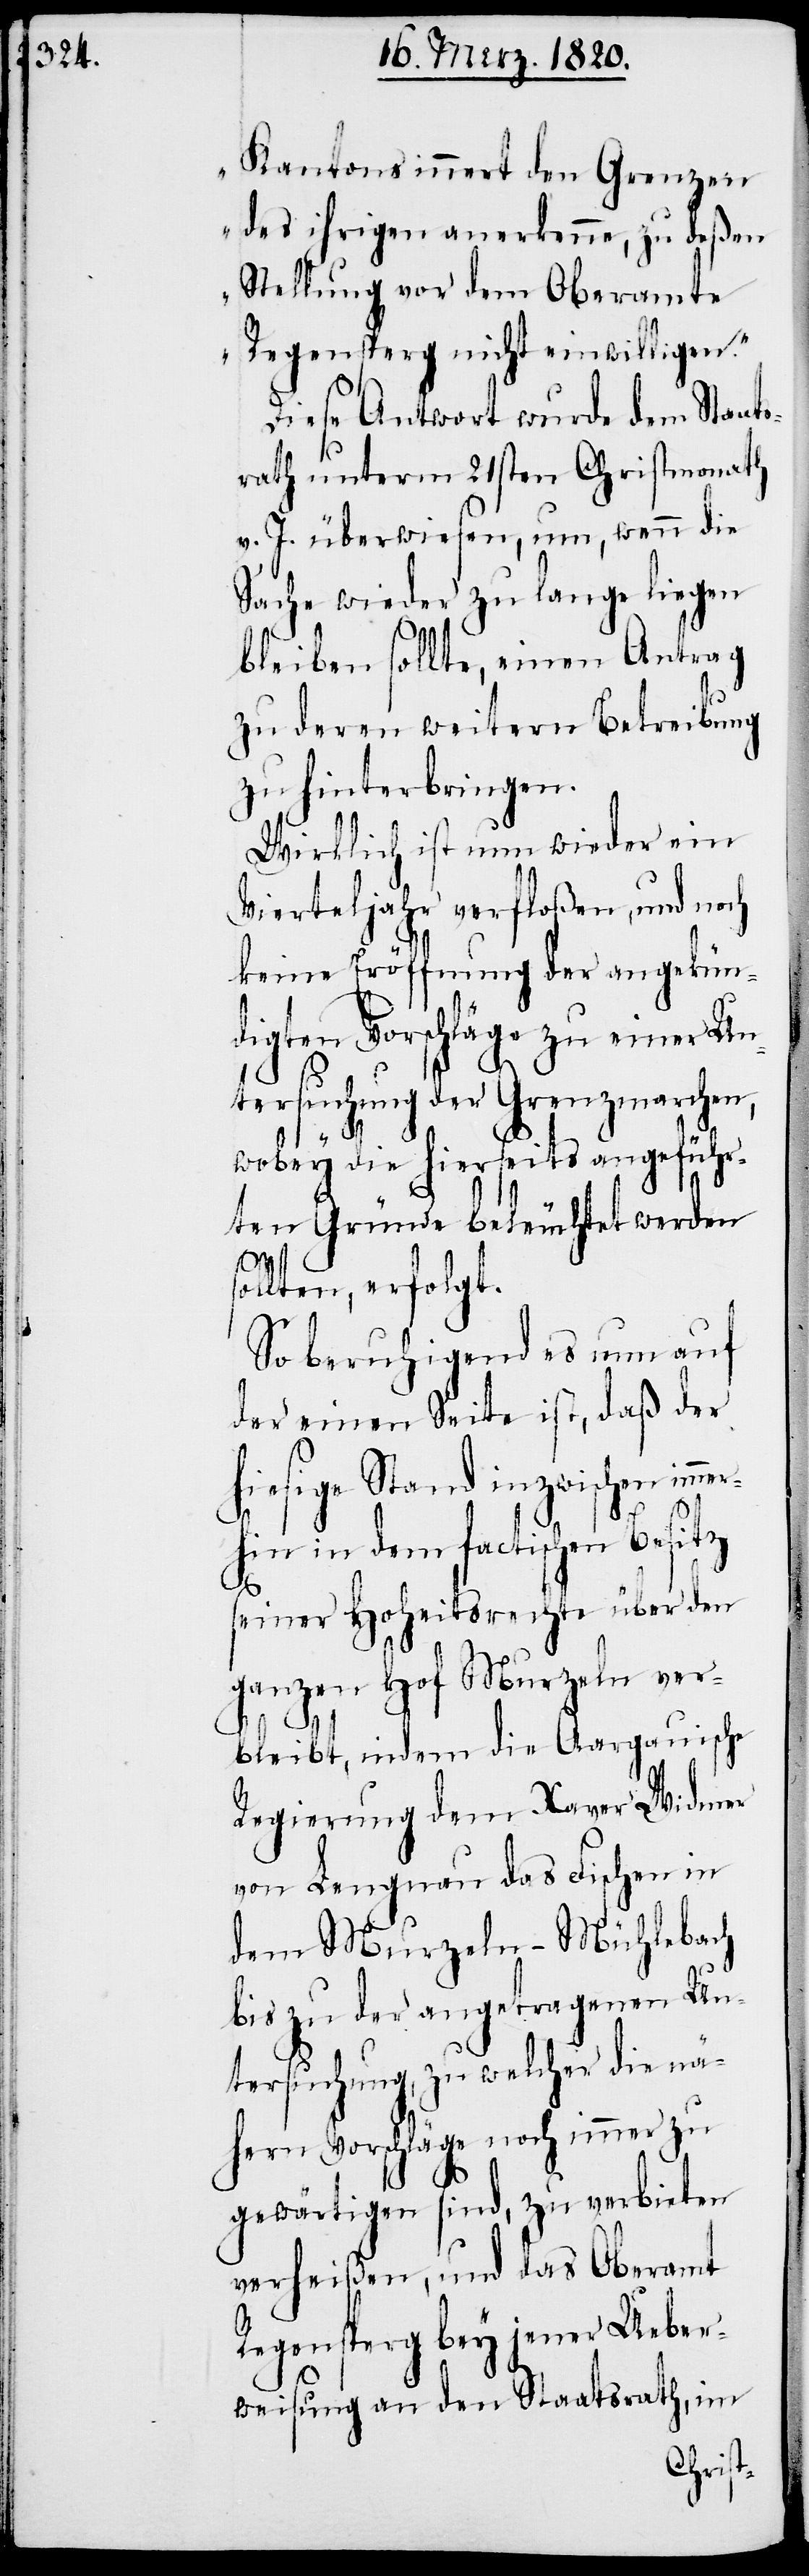
Kantons innert den Grenzen
des ihrigen anerkenne, zu deßen
Stellung vor dem Oberamte
Regensperg nicht einwilligen.“
Diese Antwort wurde dem Staat¬
srath unterm 21sten Christmonath
v. J. überwiesen, um, wenn die
Sache wieder zu lange liegen
bleiben sollte, einen Antrag
zu deren weitern Betreibung
zu hinterbringen.
Wirklich ist nun wieder ein
Vierteljahr verfloßen, und noch
keine Eröffnung der angekün¬
digten Vorschläge zu einer Un¬
tersuchung der Grenzmarchen,
me¬
wobey die hierseits angeführ¬
ten Gründe beleuchtet werden
ollten, erfolgt.
So beruhigend es nun auf
der einen Seite ist, daß der
hiesige Stand inzwischen im¬
rhin in dem factischen Besitz
seiner Hoheitsrechte über den
ganzen Hof Murzeln ver¬
bleibt, indem die Aargauische
Regierung dem Xaver Widmer
von Lengnau das Fischen in
dem Murzeln-Mühlebach
bis zu der angetragenen Un¬
tersuchung, zu welcher die nä¬
hern Vorschläge noch immer zu
gewärtigen sind, zu verbieten
verheißen, und das Oberamt
Regensperg bey jener Ueber¬
weisung an den Staatsrath, im